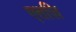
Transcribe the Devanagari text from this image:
एतज़ि